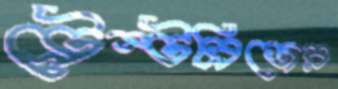
ট্রেন্টব্রিজের